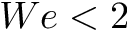
W e < 2